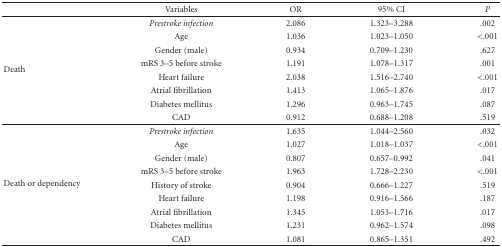
|  | Variables | OR | 95% CI | P |
 | --- | --- | --- | --- | --- |
 | <ROWSPAN=8> Death | Prestroke infection | 2.086 | 1.323–3.288 | .002 |
 | Age | 1.036 | 1.023–1.050 | <.001 |
 | Gender (male) | 0.934 | 0.709–1.230 | .627 |
 | mRS 3–5 before stroke | 1.191 | 1.078–1.317 | .001 |
 | Heart failure | 2.038 | 1.516–2.740 | <.001 |
 | Atrial fibrillation | 1.413 | 1.065–1.876 | .017 |
 | Diabetes mellitus | 1.296 | 0.963–1.745 | .087 |
 | CAD | 0.912 | 0.688–1.208 | .519 |
 | <ROWSPAN=9> Death or dependency | Prestroke infection | 1.635 | 1.044–2.560 | .032 |
 | Age | 1.027 | 1.018–1.037 | <.001 |
 | Gender (male) | 0.807 | 0.657–0.992 | .041 |
 | mRS 3–5 before stroke | 1.963 | 1.728–2.230 | <.001 |
 | History of stroke | 0.904 | 0.666–1.227 | .519 |
 | Heart failure | 1.198 | 0.916–1.566 | .187 |
 | Atrial fibrillation | 1.345 | 1.053–1.716 | .017 |
 | Diabetes mellitus | 1.231 | 0.962–1.574 | .098 |
 | CAD | 1.081 | 0.865–1.351 | .492 |